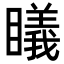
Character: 𥋟